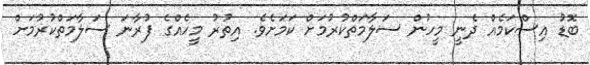
ބޮޑު އިސްކަމެއް ދެނީ މީހުން ސަލާމަތްކުރުމަށް ކަމަށެވެ. އިތުރު މީހެއްގެ ފުރާނަ ސަލާމަތްކުރުމަށް